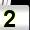
Digit: 2